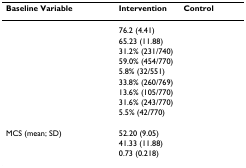
<table><thead><tr><td><b>Baseline Variable</b></td><td><b>Intervention</b></td><td><b>Control</b></td></tr></thead><tbody><tr><td>[EMPTY_CELL]</td><td>76.2 (4.41)</td><td>[EMPTY_CELL]</td></tr><tr><td>[EMPTY_CELL]</td><td>65.23 (11.88)</td><td>[EMPTY_CELL]</td></tr><tr><td>[EMPTY_CELL]</td><td>31.2% (231/740)</td><td>[EMPTY_CELL]</td></tr><tr><td>[EMPTY_CELL]</td><td>59.0% (454/770)</td><td>[EMPTY_CELL]</td></tr><tr><td>[EMPTY_CELL]</td><td>5.8% (32/551)</td><td>[EMPTY_CELL]</td></tr><tr><td>[EMPTY_CELL]</td><td>33.8% (260/769)</td><td>[EMPTY_CELL]</td></tr><tr><td>[EMPTY_CELL]</td><td>13.6% (105/770)</td><td>[EMPTY_CELL]</td></tr><tr><td>[EMPTY_CELL]</td><td>31.6% (243/770)</td><td>[EMPTY_CELL]</td></tr><tr><td>[EMPTY_CELL]</td><td>5.5% (42/770)</td><td>[EMPTY_CELL]</td></tr><tr><td>[EMPTY_CELL]</td><td>[EMPTY_CELL]</td><td>[EMPTY_CELL]</td></tr><tr><td>MCS (mean; SD)</td><td>52.20 (9.05)</td><td>[EMPTY_CELL]</td></tr><tr><td>[EMPTY_CELL]</td><td>41.33 (11.88)</td><td>[EMPTY_CELL]</td></tr><tr><td>[EMPTY_CELL]</td><td>0.73 (0.218)</td><td>[EMPTY_CELL]</td></tr></tbody></table>